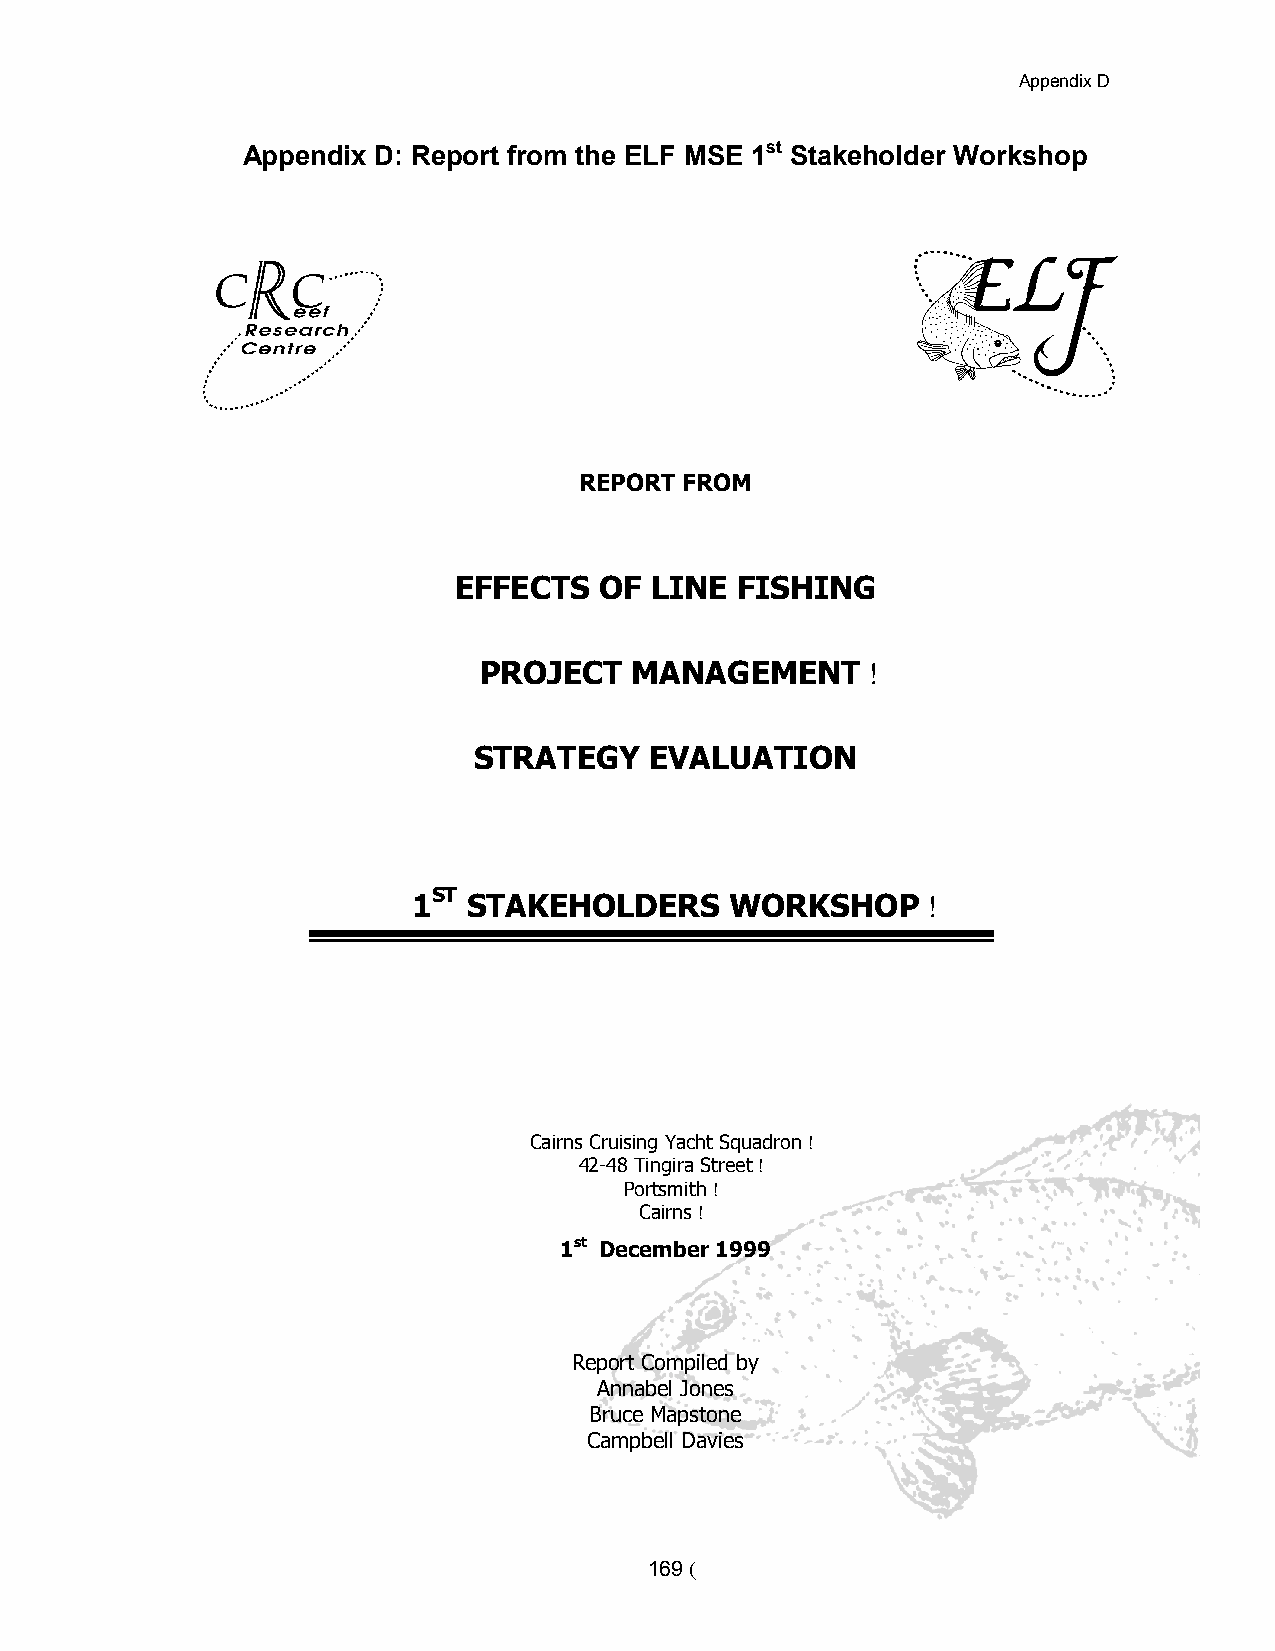
Appendix D
 Appendix D: Report from the ELF MSE 1st Stakeholder Workshop
 REPORT FROM
 EFFECTS   OF LINE  FISHING
 PROJECT   MANAGEMENT     !
 STRATEGY    EVALUATION
 1ST STAKEHOLDERS     WORKSHOP     !
 Cairns Cruising Yacht Squadron !
 42-48 Tingira Street !
 Portsmith !
 Cairns !
 1st December 1999
 Report Compiled by
 Annabel Jones
 Bruce Mapstone
 Campbell Davies
 169 (